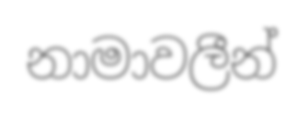
නාමාවලීන්